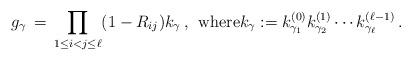
LaTeX: \begin{align*} g_\gamma \,=\,\prod_{1\leq i < j\leq\ell} (1-R_{ij}) k_\gamma\,,\;\,\text{where\( k_\gamma := k_{\gamma_1}^{(0)} k_{\gamma_2}^{(1)} \cdots k_{\gamma_\ell}^{(\ell-1)}\,.\)}\end{align*}